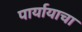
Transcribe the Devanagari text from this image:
पार्यायाचा